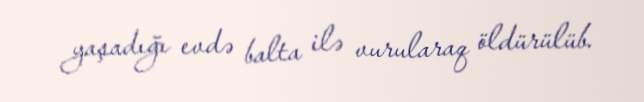
yaşadığı evdə balta ilə vurularaq öldürülüb.